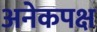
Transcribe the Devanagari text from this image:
अनेकपक्ष